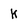
Character: k